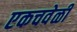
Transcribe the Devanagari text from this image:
एकचवेळी